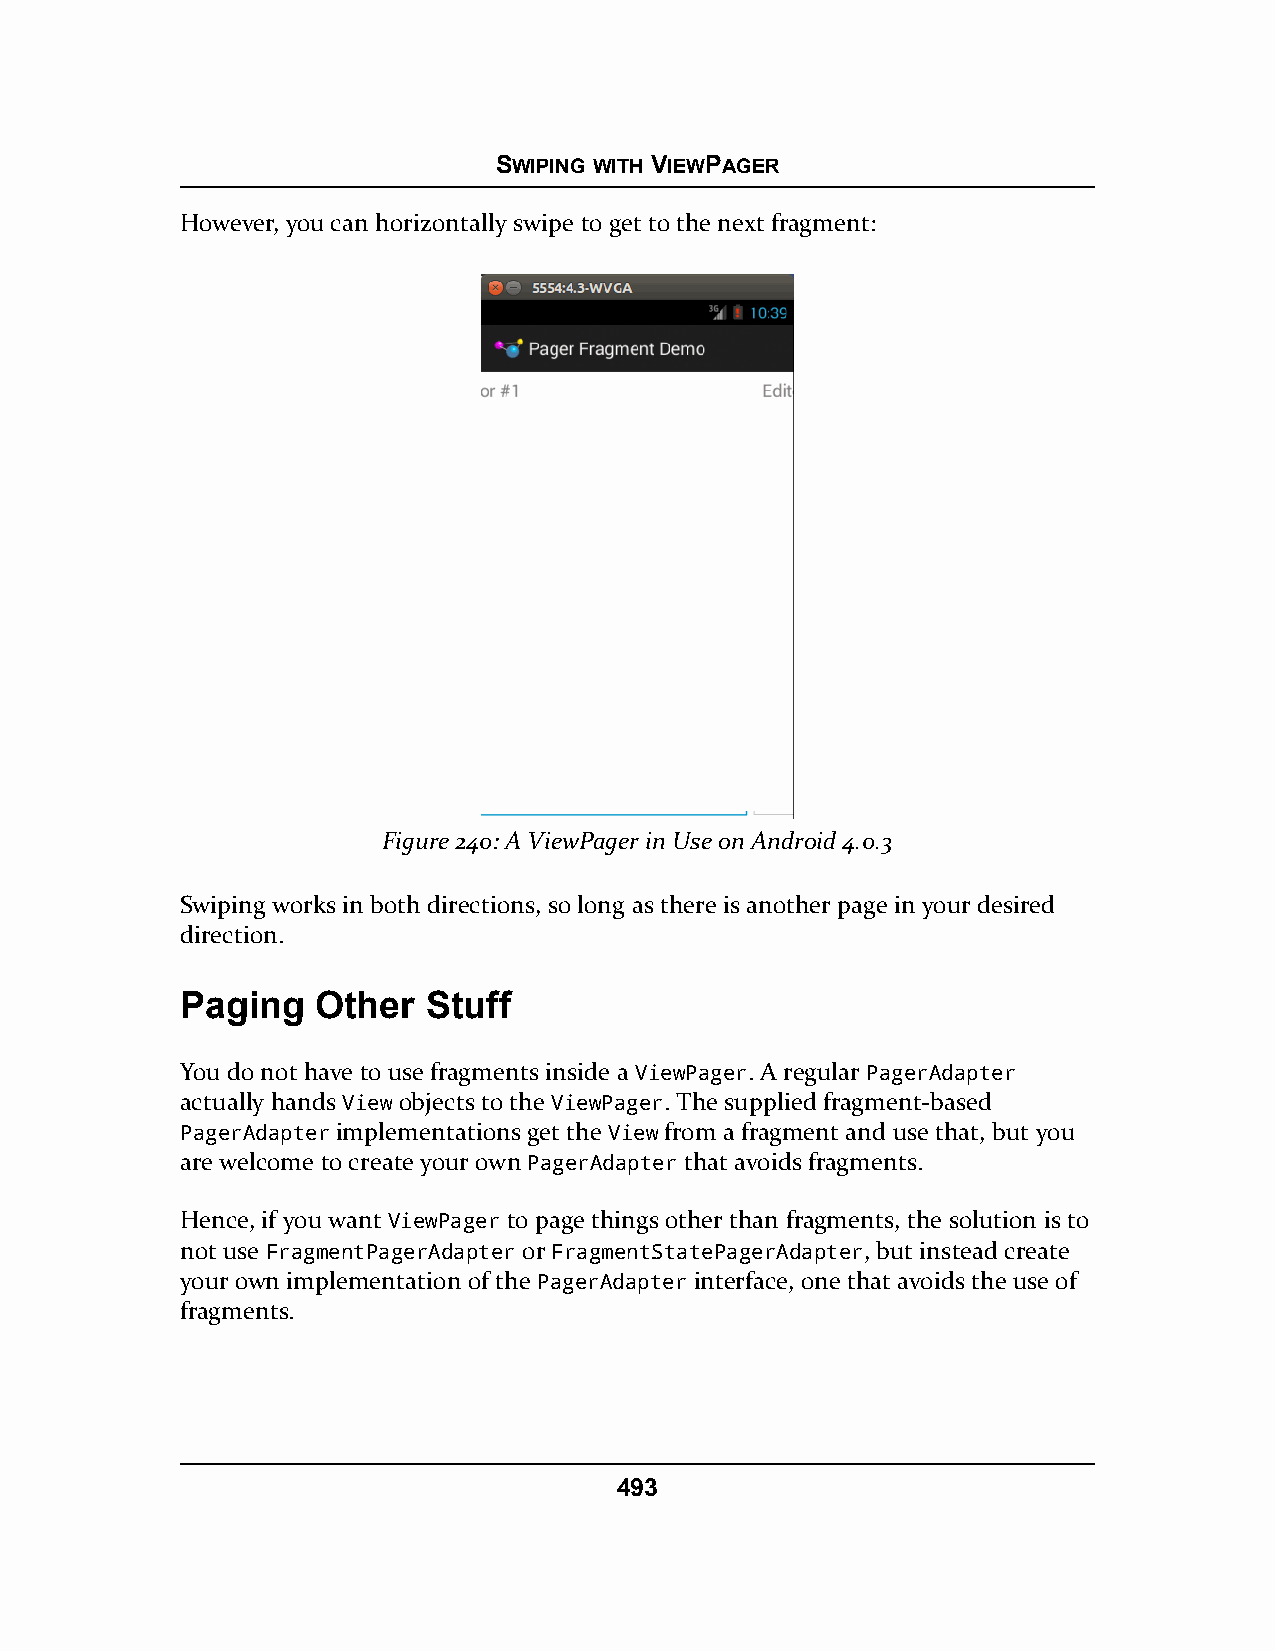
SWIPING WITH VIEWPAGER
 However, you can horizontally swipe to get to the next fragment:
 Figure 240: A ViewPager in Use on Android 4.0.3
 Swiping works in both directions, so long as there is another page in your desired
 direction.
 Paging   Other  Stuff
 You do not have to use fragments inside a ViewPager. A regular PagerAdapter
 actually hands View objects to the ViewPager. The supplied fragment-based
 PagerAdapter implementations get the View from a fragment and use that, but you
 are welcome to create your own PagerAdapter that avoids fragments.
 Hence, if you want ViewPager to page things other than fragments, the solution is to
 not use FragmentPagerAdapter or FragmentStatePagerAdapter, but instead create
 your own implementation of the PagerAdapter interface, one that avoids the use of
 fragments.
 493